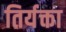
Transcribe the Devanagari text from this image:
तिर्यक्ता